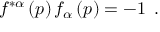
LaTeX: f ^ { * \alpha } \left( p \right) f _ { \alpha } \left( p \right) = - 1 \; \, .